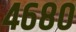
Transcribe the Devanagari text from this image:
४६८०